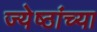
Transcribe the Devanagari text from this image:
ज्येष्ठांच्या